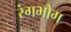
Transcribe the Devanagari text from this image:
रंगभोग